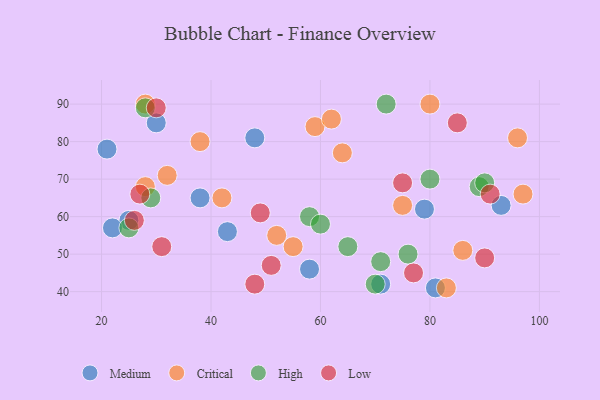
{"axis": {"x": "GDP", "y": "Life Expectancy"}, "legend": ["Critical", "High", "Low", "Medium"], "data": [{"x": "93", "y": 63, "type": "Medium"}, {"x": "71", "y": 42, "type": "Medium"}, {"x": "58", "y": 46, "type": "Medium"}, {"x": "79", "y": 62, "type": "Medium"}, {"x": "48", "y": 81, "type": "Medium"}, {"x": "38", "y": 65, "type": "Medium"}, {"x": "43", "y": 56, "type": "Medium"}, {"x": "25", "y": 59, "type": "Medium"}, {"x": "21", "y": 78, "type": "Medium"}, {"x": "22", "y": 57, "type": "Medium"}, {"x": "30", "y": 85, "type": "Medium"}, {"x": "81", "y": 41, "type": "Medium"}, {"x": "32", "y": 71, "type": "Critical"}, {"x": "97", "y": 66, "type": "Critical"}, {"x": "64", "y": 77, "type": "Critical"}, {"x": "38", "y": 80, "type": "Critical"}, {"x": "83", "y": 41, "type": "Critical"}, {"x": "96", "y": 81, "type": "Critical"}, {"x": "59", "y": 84, "type": "Critical"}, {"x": "86", "y": 51, "type": "Critical"}, {"x": "75", "y": 63, "type": "Critical"}, {"x": "52", "y": 55, "type": "Critical"}, {"x": "28", "y": 90, "type": "Critical"}, {"x": "80", "y": 90, "type": "Critical"}, {"x": "28", "y": 68, "type": "Critical"}, {"x": "42", "y": 65, "type": "Critical"}, {"x": "62", "y": 86, "type": "Critical"}, {"x": "55", "y": 52, "type": "Critical"}, {"x": "71", "y": 48, "type": "High"}, {"x": "89", "y": 68, "type": "High"}, {"x": "65", "y": 52, "type": "High"}, {"x": "90", "y": 69, "type": "High"}, {"x": "28", "y": 89, "type": "High"}, {"x": "70", "y": 42, "type": "High"}, {"x": "76", "y": 50, "type": "High"}, {"x": "58", "y": 60, "type": "High"}, {"x": "25", "y": 57, "type": "High"}, {"x": "80", "y": 70, "type": "High"}, {"x": "60", "y": 58, "type": "High"}, {"x": "72", "y": 90, "type": "High"}, {"x": "29", "y": 65, "type": "High"}, {"x": "75", "y": 69, "type": "Low"}, {"x": "27", "y": 66, "type": "Low"}, {"x": "51", "y": 47, "type": "Low"}, {"x": "77", "y": 45, "type": "Low"}, {"x": "30", "y": 89, "type": "Low"}, {"x": "31", "y": 52, "type": "Low"}, {"x": "85", "y": 85, "type": "Low"}, {"x": "49", "y": 61, "type": "Low"}, {"x": "48", "y": 42, "type": "Low"}, {"x": "26", "y": 59, "type": "Low"}, {"x": "90", "y": 49, "type": "Low"}, {"x": "91", "y": 66, "type": "Low"}]}